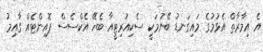
އެ އިމާރާތް އެޅުމުގެ މައިގަނޑު ބޭނުމަކީ ސެކިއުރިޓީއާ ބެހޭ އެކްސެސް ޕޮއިންޓެއް ގާއިމު